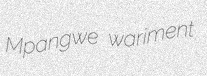
Mpangwe wariment